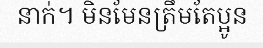
នាក់។ មិនមែនត្រឹមតែប្អូន